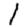
Digit: 1